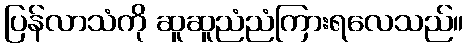
ပြန်လာသံကို ဆူဆူညံညံကြားရလေသည်။